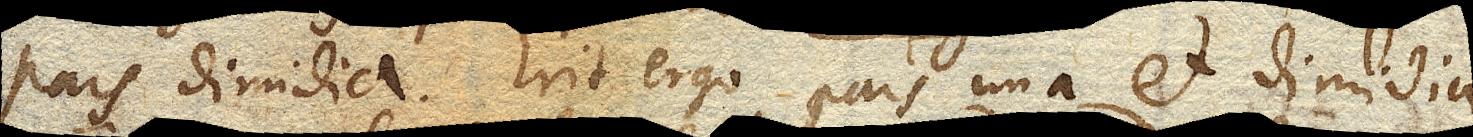
pars dimida. Erit ergo pars una et dimidia